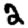
Digit: 2